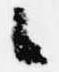
々